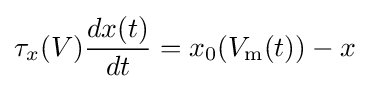
\tau _{x}(V){\frac {dx(t)}{dt}}=x_{0}(V_{\mathrm {m} }(t))-x